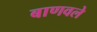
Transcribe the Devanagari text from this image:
बाणवले